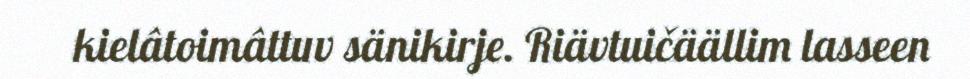
kielâtoimâttuv sänikirje. Riävtuičäällim lasseen